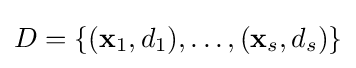
D=\{(\mathbf {x} _{1},d_{1}),\dots ,(\mathbf {x} _{s},d_{s})\}